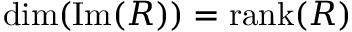
\mathrm { d i m ( I m } ( R ) ) = \mathrm { r a n k } ( R )